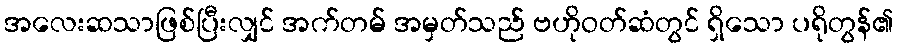
အလေးဆသာဖြစ်ပြီးလျှင် အက်တမ် အမှတ်သည် ဗဟိုဝတ်ဆံတွင် ရှိသော ပရိုတွန်၏